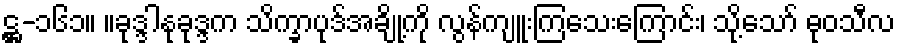
ဋ္ဌ-၁၆၁။ ။ခုဒ္ဒါနုခုဒ္ဒက သိက္ခာပုဒ်အချို့ကို လွန်ကျူးကြသေးကြောင်း၊ သို့သော် ဓုဝသီလ